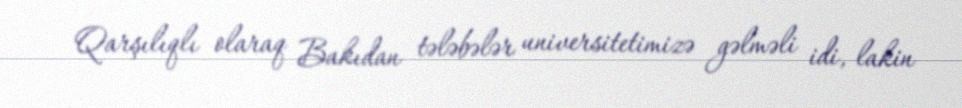
Qarşılıqlı olaraq Bakıdan tələbələr universitetimizə gəlməli idi, lakin